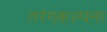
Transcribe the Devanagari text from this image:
तरंगकल्पना